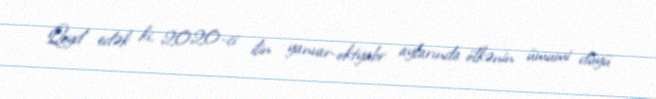
Qeyd edək ki, 2020-ci ilin yanvar-oktyabr aylarında ölkənin ümumi düyü